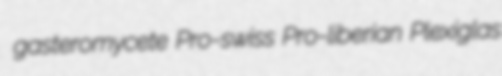
gasteromycete Pro-swiss Pro-liberian Plexiglas